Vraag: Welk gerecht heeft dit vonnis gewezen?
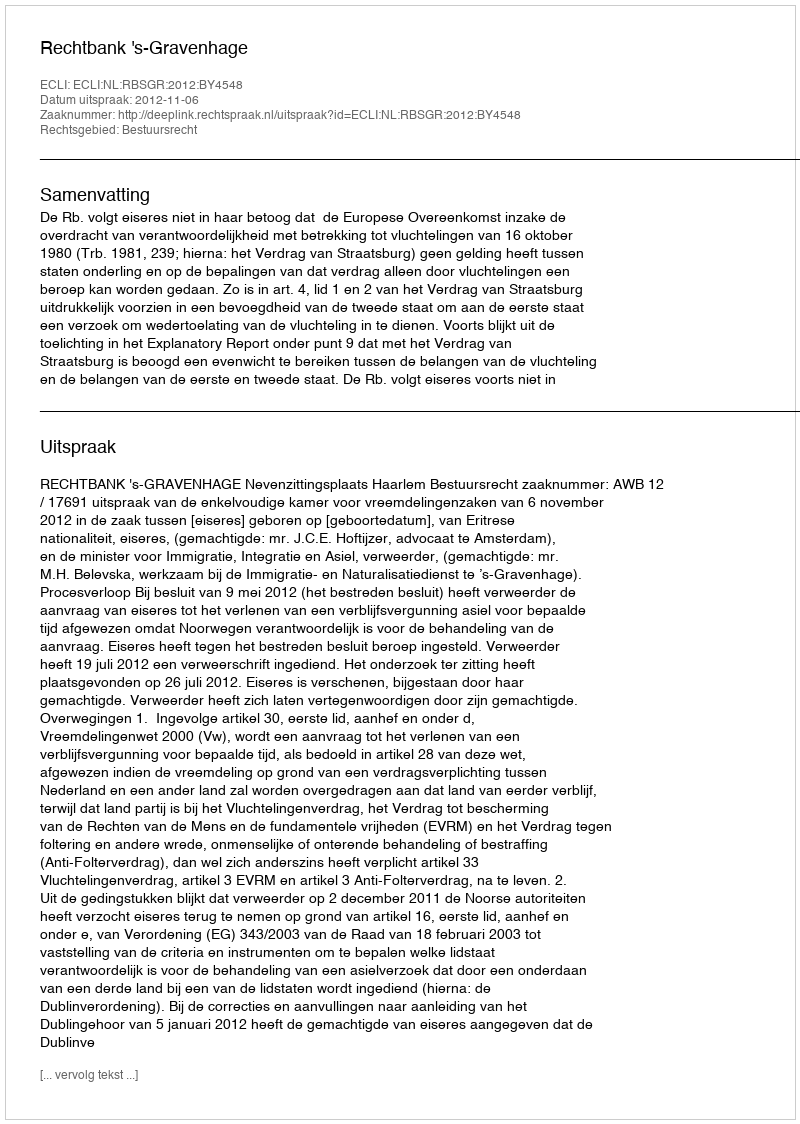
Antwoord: Rechtbank 's-Gravenhage